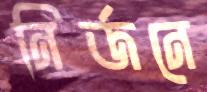
নির্জনে